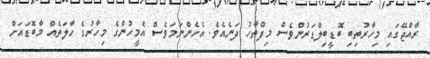
ރާއްޖޭގައި މިހާރުތިބި ބޮޑީބިލްޑަރުންވެސް މިފްތާހު ދަނެއެވެ. އެހެންނަމަވެސް އެމީހުންގެ މިހާރުގެ ހާލަތެއް މާބޮޑައަށް